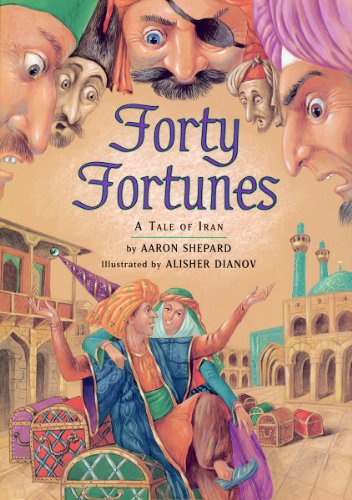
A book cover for Forty Fortunes: A Tale of Iran; Aaron Shepard; Children's Books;